Insane asylums in Bengal annual reports 1876-1887 - 1876-1887
Year: 1876
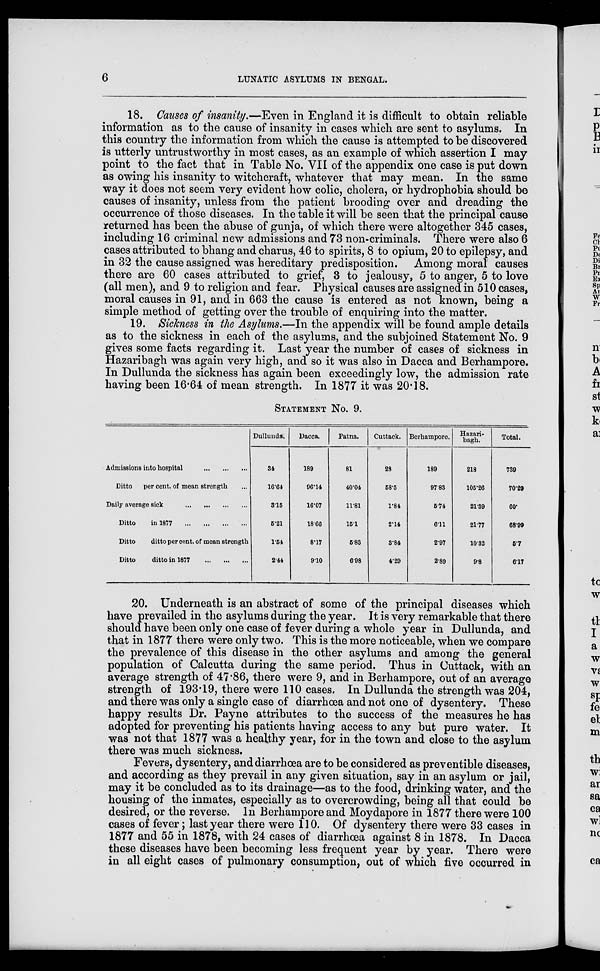
6
LUNATIC ASYLUMS IN BENGAL.
18. Causes of insanity.—Even in England it is difficult to obtain reliable
information as to the cause of insanity in cases which are sent to asylums. In
this country the information from which the cause is attempted to be discovered
is utterly untrustworthy in most cases, as an example of which assertion I may
point to the fact that in Table No. VII of the appendix one case is put down
as owing his insanity to witchcraft, whatever that may mean. In the same
way it does not seem very evident how colic, cholera, or hydrophobia should be
causes of insanity, unless from the patient brooding over and dreading the
occurrence of those diseases. In the table it will be seen that the principal cause
returned has been the abuse of gunja, of which there were altogether 345 cases,
including 16 criminal new admissions and 73 non-criminals. There were also 6
cases attributed to bhang and charus, 46 to spirits, 8 to opium, 20 to epilepsy, and
in 32 the cause assigned was hereditary predisposition. Among moral causes
there are 60 cases attributed to grief, 3 to jealousy, 5 to anger, 5 to love
(all men), and 9 to religion and fear. Physical causes are assigned in 510 cases,
moral causes in 91, and in 663 the cause is entered as not known, being a
simple method of getting over the trouble of enquiring into the matter.
19. Sickness in the Asylums.—In the appendix will be found ample details
as to the sickness in each of the asylums, and the subjoined Statement No. 9
gives some facts regarding it. Last year the number of cases of sickness in
Hazaribagh was again very high, and so it was also in Dacca and Berhampore.
In Dullunda the sickness has again been exceedingly low, the admission rate
having been 16.64 of mean strength. In 1877 it was 20.18.
STATEMENT No. 9.
Admissions into hospital
...
...
...
Ditto
per cent. of mean strength ...
Daily average sick
...
...
...
...
Ditto
in 1877
...
...
...
...
Ditto
ditto per cent. of mean strength
Ditto
ditto in 1877
...
...
...
Dullunda.
34
16.64
3.15
5.21
1.54
2.41
Dacca.
189
96.14
16.07
18.66
8.17
9.10
Patna.
81
40.04
11.81
15.1
5.83
6.98
Cuttack.
28
58.5
1.84
2.14
3.84
4.29
Berhampore.
189
97.83
5.74
6.11
2.97
2.89
Hazari-
bagh.
218
105.26
21.39
21.77
10.32
9.8
Total.
739
70.29
60.
68.99
5.7
6.17
20. Underneath is an abstract of some of the principal diseases which
have prevailed in the asylums during the year. It is very remarkable that there
should have been only one case of fever during a whole year in Dullunda, and
that in 1877 there were only two. This is the more noticeable, when we compare
the prevalence of this disease in the other asylums and among the general
population of Calcutta during the same period. Thus in Cuttack, with an
average strength of 47.86, there were 9, and in Berhampore, out of an average
strength of 193.19, there were 110 cases. In Dullunda the strength was 204,
and there was only a single case of diarrhœa and not one of dysentery. These
happy results Dr. Payne attributes to the success of the measures he has
adopted for preventing his patients having access to any but pure water. It
was not that 1877 was a healthy year, for in the town and close to the asylum
there was much sickness.
Fevers, dysentery, and diarrhœa are to be considered as preventible diseases,
and according as they prevail in any given situation, say in an asylum or jail,
may it be concluded as to its drainage—as to the food, drinking water, and the
housing of the inmates, especially as to overcrowding, being all that could be
desired, or the reverse. In Berhampore and Moydapore in 1877 there were 100
cases of fever; last year there were 110. Of dysentery there were 33 cases in
1877 and 55 in 1878, with 24 cases of diarrhœa against 8 in 1878. In Dacca
these diseases have been becoming less frequent year by year. There were
in all eight cases of pulmonary consumption, out of which five occurred in